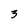
Character: 3